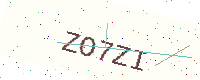
Text: ZO7ZI